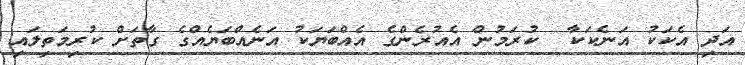
އަދި އެކަކު އަނެކަކާ  ކުރަމުން އެއުރެންގެ އެއްބަޔަކު އަނެއްބަޔެއްގެ ގާތަށް ކުރިމަތިލައި